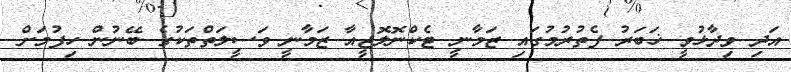
އަދި ވިދާޅުވީ ޚަބަރު ފެތުރުމުގައި ޒަމާނީ ޓެކްނޮލޮޖީއާ ޒަމާނީ ވަސީލަތްތަކުގެ ބޭނުން ހިފުމަށް